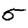
Digit: 5